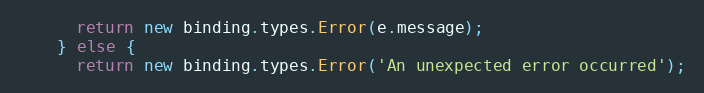
Language: JavaScript
      return new binding.types.Error(e.message);
    } else {
      return new binding.types.Error('An unexpected error occurred');